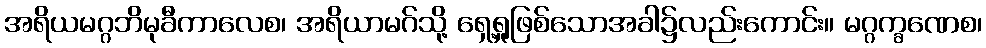
အရိယမဂ္ဂဘိမုခီကာလေစ၊ အရိယာမဂ်သို့ ရှေ့ရှုဖြစ်သောအခါ၌လည်းကောင်း။ မဂ္ဂက္ခဏေစ၊